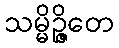
သမ္မိဉ္ဇိတေ